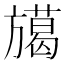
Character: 𭥅